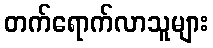
တက်ရောက်လာသူများ